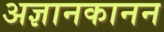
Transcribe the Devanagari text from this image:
अज्ञानकानन